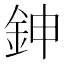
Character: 鉮